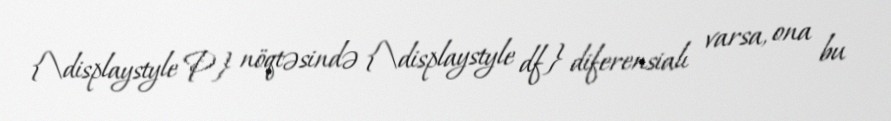
{\displaystyle P} nöqtəsində {\displaystyle df} diferensialı varsa, ona bu